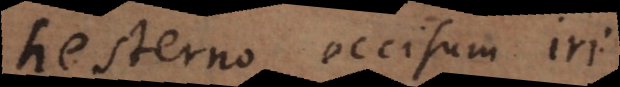
hesterno occisum iri.